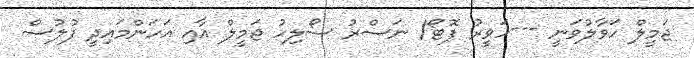
ޖަމީލް ހަވާލުވަނީ ---ހަވީރު ފޮޓޯ/ ނަސްރު ސޯލިހު ޖަމީލް އާއި އަހަންމައިދީ ފުލުސް